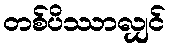
တစ်ပိဿာလျှင်